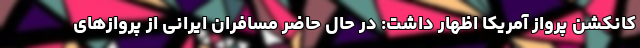
کانکشن پرواز آمریکا اظهار داشت: در حال حاضر مسافران ایرانی از پروازهای